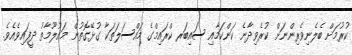
ކުރުމަށް ބެލެނިވެރިންނަށް ކުރެވިދާނެ ކަންކަމާއި ސައިބަރ ކްރައިމްގެ މައްސަލަތަކާ ގުޅޭގޮތުން މައުލޫމާތު ދީފައިވެއެވެ.